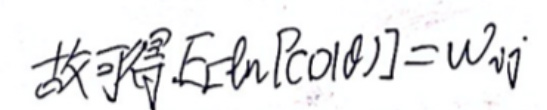
故可得 $\sum_{i} \ln[P(0|\theta)] = \omega_{ij}$